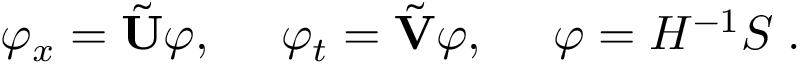
\varphi _ { x } = \tilde { \mathbf { U } } \varphi , ~ ~ ~ ~ \varphi _ { t } = \tilde { \mathbf { V } } \varphi , ~ ~ ~ ~ \varphi = H ^ { - 1 } S \bf { \Psi } .